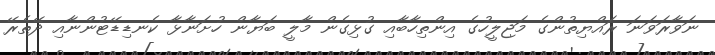
ނަވާރަވަނަ ރައްޔިތުންގެ މަޖިލީހުގެ އިންތިހާބާއި ގުޅިގެން މާލީ ބަޔާން ހުށަނާޅާ ކެނޑިޑޭޓުންނާއި ދޭތެރޭ